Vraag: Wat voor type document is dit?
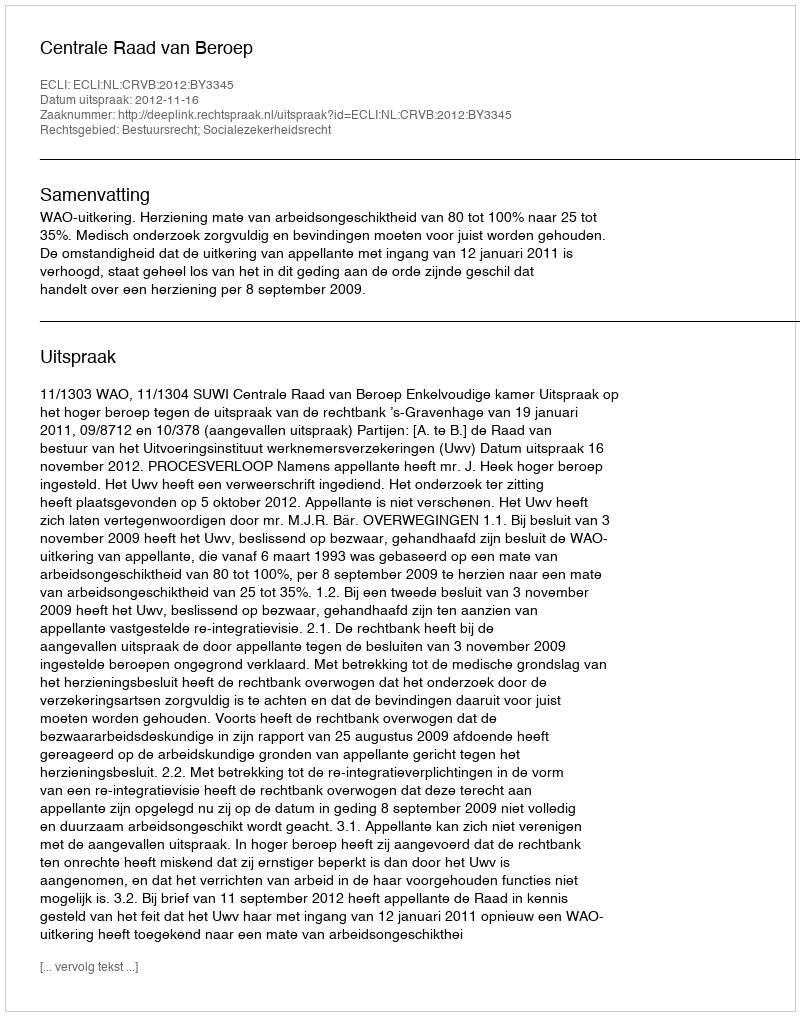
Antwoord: Uitspraak